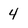
Character: 4